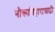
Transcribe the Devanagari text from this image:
नौकाविहारासाठी